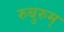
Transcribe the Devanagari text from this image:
रुबुरुम्